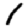
Digit: 1